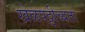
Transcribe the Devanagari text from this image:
खेळपट्टीच्यता